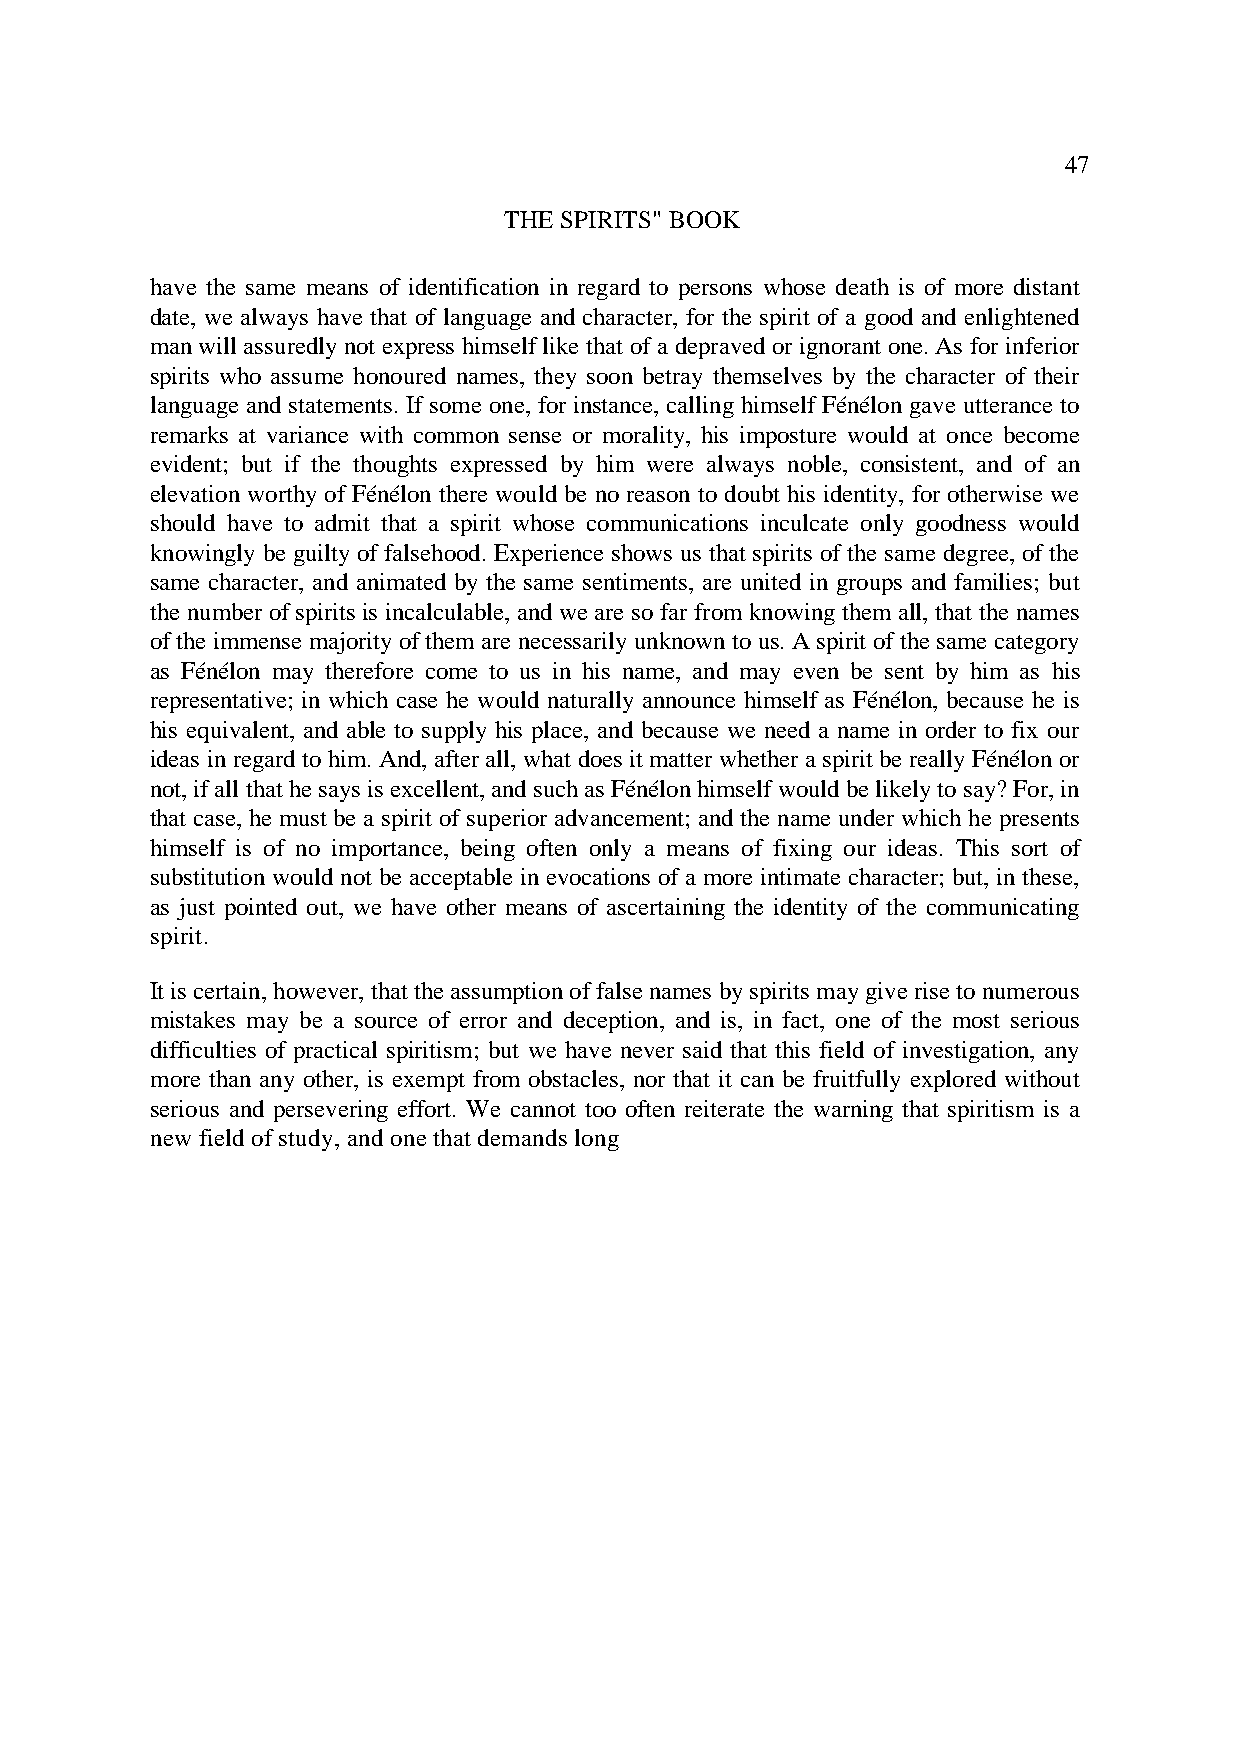
47
 THE SPIRITS" BOOK
 have the same means of identification in regard to persons whose death is of more distant
 date, we always have that of language and character, for the spirit of a good and enlightened
 man will assuredly not express himself like that of a depraved or ignorant one. As for inferior
 spirits who assume honoured names, they soon betray themselves by the character of their
 language and statements. If some one, for instance, calling himself Fénélon gave utterance to
 remarks at variance with common sense or morality, his imposture would at once become
 evident; but if the thoughts expressed by him were always noble, consistent, and of an
 elevation worthy of Fénélon there would be no reason to doubt his identity, for otherwise we
 should have to admit that a spirit whose communications inculcate only goodness would
 knowingly be guilty of falsehood. Experience shows us that spirits of the same degree, of the
 same character, and animated by the same sentiments, are united in groups and families; but
 the number of spirits is incalculable, and we are so far from knowing them all, that the names
 of the immense majority of them are necessarily unknown to us. A spirit of the same category
 as Fénélon may therefore come to us in his name, and may even be sent by him as his
 representative; in which case he would naturally announce himself as Fénélon, because he is
 his equivalent, and able to supply his place, and because we need a name in order to fix our
 ideas in regard to him. And, after all, what does it matter whether a spirit be really Fénélon or
 not, if all that he says is excellent, and such as Fénélon himself would be likely to say? For, in
 that case, he must be a spirit of superior advancement; and the name under which he presents
 himself is of no importance, being often only a means of fixing our ideas. This sort of
 substitution would not be acceptable in evocations of a more intimate character; but, in these,
 as just pointed out, we have other means of ascertaining the identity of the communicating
 spirit.
 It is certain, however, that the assumption of false names by spirits may give rise to numerous
 mistakes may be a source of error and deception, and is, in fact, one of the most serious
 difficulties of practical spiritism; but we have never said that this field of investigation, any
 more than any other, is exempt from obstacles, nor that it can be fruitfully explored without
 serious and persevering effort. We cannot too often reiterate the warning that spiritism is a
 new field of study, and one that demands long